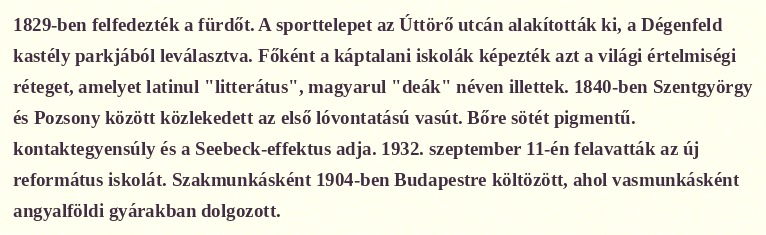
1829-ben felfedezték a fürdőt. A sporttelepet az Úttörő utcán alakították ki, a Dégenfeld kastély parkjából leválasztva. Főként a káptalani iskolák képezték azt a világi értelmiségi réteget, amelyet latinul "litterátus", magyarul "deák" néven illettek. 1840-ben Szentgyörgy és Pozsony között közlekedett az első lóvontatású vasút. Bőre sötét pigmentű. kontaktegyensúly és a Seebeck-effektus adja. 1932. szeptember 11-én felavatták az új református iskolát. Szakmunkásként 1904-ben Budapestre költözött, ahol vasmunkásként angyalföldi gyárakban dolgozott.